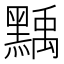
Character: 𪑴